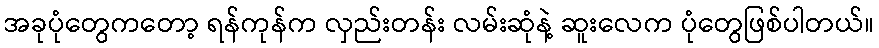
အခုပုံတွေကတော့ ရန်ကုန်က လှည်းတန်း လမ်းဆုံနဲ့ ဆူးလေက ပုံတွေဖြစ်ပါတယ်။